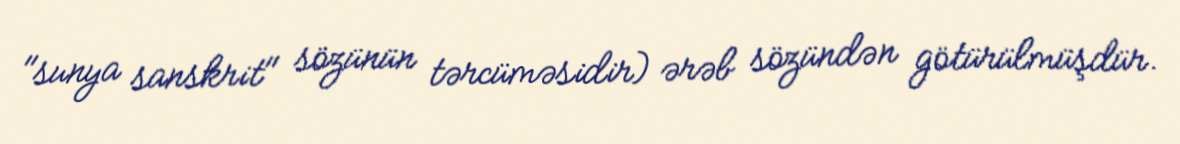
"sunya sanskrit" sözünün tərcüməsidir) ərəb sözündən götürülmüşdür.